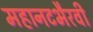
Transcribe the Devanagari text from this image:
महानटभैरवी